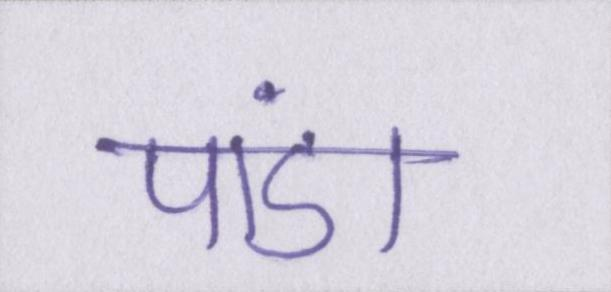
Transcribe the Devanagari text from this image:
पांडा